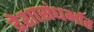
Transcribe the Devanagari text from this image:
देशासंधर्भात